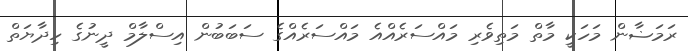
ރަމަޟާން މަހަކީ މާތް މަތިވެރި މައްސަރެއްއެ މައްސަރެއްގެ ސަބަބުން އިސްލާމް ދީނުގެ ހިދާޔަތް